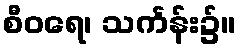
စီဝရေ၊ သင်္ကန်း၌။